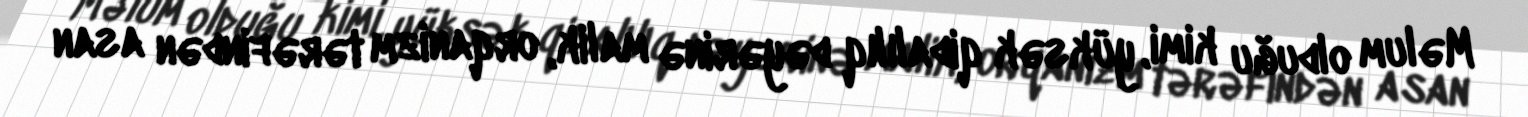
Məlum olduğu kimi, yüksək qidalılıq dəyərinə malik, orqanizm tərəfindən asan